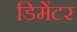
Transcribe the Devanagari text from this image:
डिमेंटर